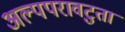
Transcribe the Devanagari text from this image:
अल्पपरावटुता